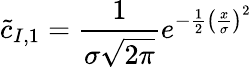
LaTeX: \tilde{c}_{I,1}=\frac{1}{\sigma\sqrt{2\pi}}e^{-\frac{1}{2}\left(\frac{x}{\sigma}\right)^{2}}